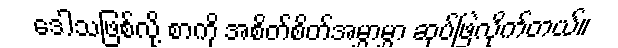
ဒေါသဖြစ်လို့ စာကို အစိတ်စိတ်အမွှာမွှာ ဆုပ်ဖြဲလိုက်တယ်။